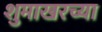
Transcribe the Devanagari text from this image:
शुमाखरच्या